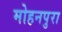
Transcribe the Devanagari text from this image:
मोहनपुरा